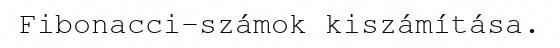
Fibonacci-számok kiszámítása.